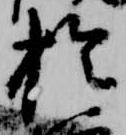
於